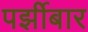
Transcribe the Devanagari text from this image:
पर्झीबार